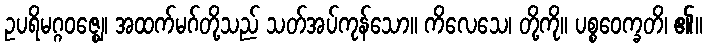
ဥပရိမဂ္ဂဝဇ္ဈေ၊ အထက်မဂ်တို့သည် သတ်အပ်ကုန်သော။ ကိလေသေ၊ တို့ကို။ ပစ္စဝေက္ခတိ၊ ၏။